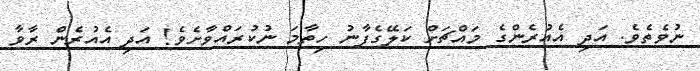
ނުވެތެވެ. އަދި އެއުރެންގެ މައްޗަށް ކަލޭގެފާނު ހިތާމަ ނުކުރައްވާށެވެ! އަދި އެއުރެން ރާވާ